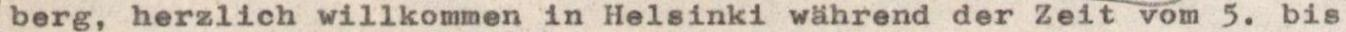
berg, herzlich willkommen in Helsinki während der Zeit vom 5. bis